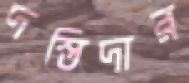
দস্তিদার